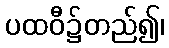
ပထဝီ၌တည်၍၊